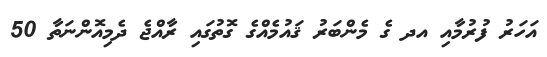
އަހަރު ފުރުމާއި އދ ގެ މެންބަރު ޤައުމެއްގެ ގޮތުގައި ރާއްޖެ ދެމިއޮންނަތާ 50